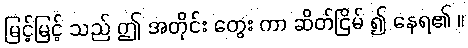
မြင့်မြင့် သည် ဤ အတိုင်း တွေး ကာ ဆိတ်ငြိမ် ၍ နေရ၏ ။